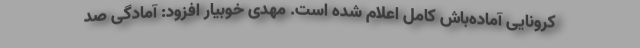
کرونایی آماده‌باش کامل اعلام شده است. مهدی خوبیار افزود: آمادگی صد